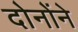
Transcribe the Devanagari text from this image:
दोनोंने